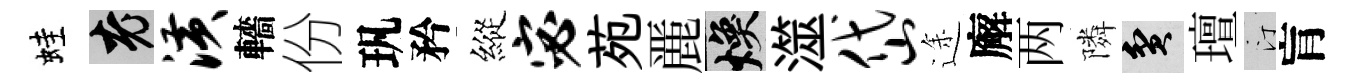
蛙興潢轖份㺬矜縱宓苑䴡焕澨岱途廨两隣貧璮汀肓